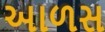
આળસ